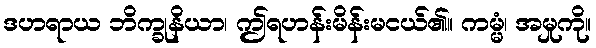
ဒဟရာယ ဘိက္ခုနိယာ၊ ဤရဟန်းမိန်းမငယ်၏။ ကမ္မံ၊ အမှုကို။